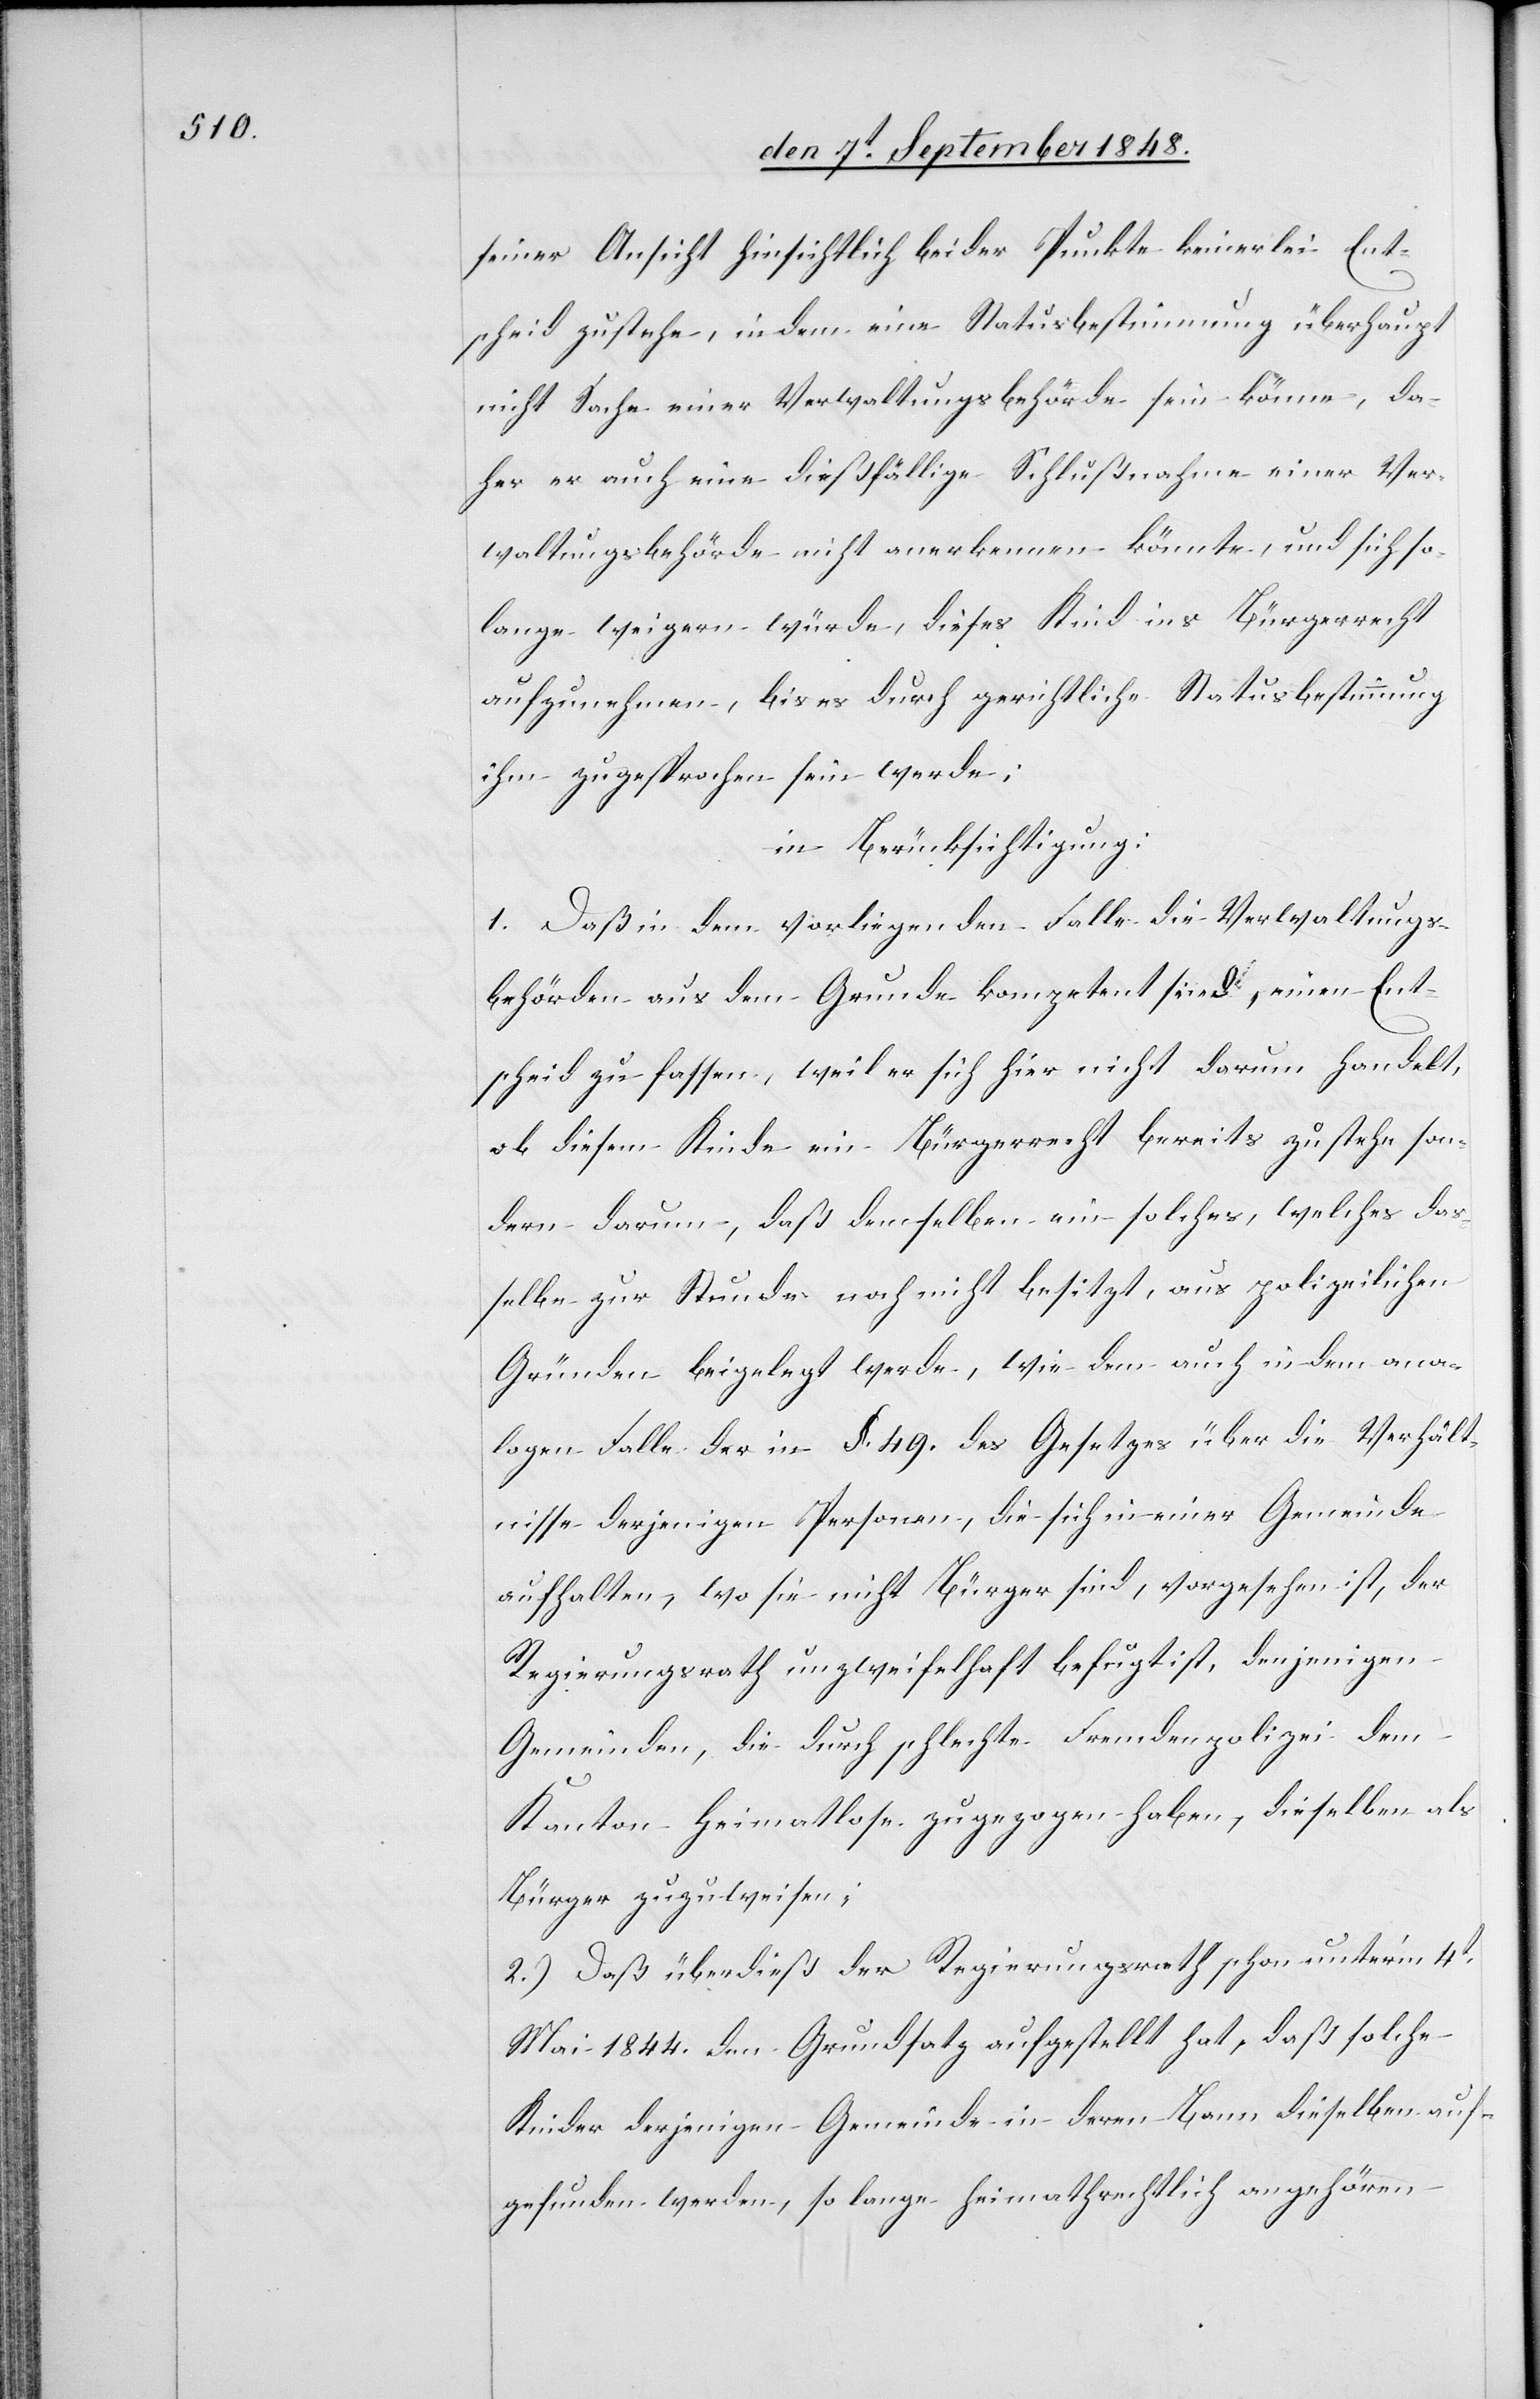
seiner Ansicht hinsichtlich beider Punkte keinerlei Ent¬
scheid zustehe, indem eine Statusbestimmung überhaupt
nicht Sache einer Verwaltungsbehörde sein könne, da¬
her er auch eine dießfällige Schlußnahme einer Ver¬
waltungsbehörde nicht anerkennen könnte, und sich so¬
lange weigern würde, dieses Kind ins Bürgerrecht
aufzunehmen, bis es durch gerichtliche Statusbestimmung
ihm zugesprochen sein werde;
in Berücksichtigung:
1. Daß in dem vorliegenden Falle die Verwaltungs¬
behörden aus dem Grunde kompetent sind, einen Ent¬
scheid zu fassen, weil es sich hier nicht darum handelt,
ob diesem Kinde ein Bürgerrecht bereits zustehe son¬
dern darum, daß demselben ein solches, welches das¬
selbe zur Stunde noch nicht besitzt, aus polizeilichen
Gründen beigelegt werde, wie dem auch in dem ana¬
logen Falle der in §. 49. des Gesetzes über die Verhält¬
nisse derjenigen Personen, die sich in einer Gemeinde
aufhalten, wo sie nicht Bürger sind, vorgesehen ist, der
Regierungsrath unzweifelhaft befugt, denjenigen
Gemeinden, die durch schlechte Fremdenpolizei dem
Kanton Heimatlose zugezogen haben, dieselben als
Bürger zuzuweisen;
2.) Daß überdieß der Regierungsrath schon unter’m 4t
Mai 1844 den Grundsatz aufgestellt hat, daß solche
Kinder derjenigen Gemeinde in deren Bann dieselben auf¬
gefunden werden, so lange heimathrechtlich angehören